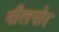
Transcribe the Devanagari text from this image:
नीलपोर